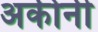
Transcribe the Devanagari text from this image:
अकीनी